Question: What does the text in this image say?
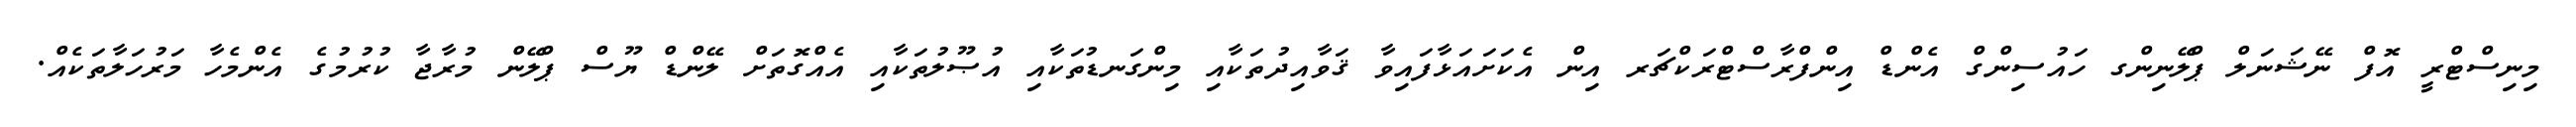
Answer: މިނިސްޓްރީ އޮފް ނޭޝަނަލް ޕްލޭނިންގ ހައުސިންގް އެންޑް އިންފްރާސްޓްރަކްޗަރ އިން އެކަށައަޅާފައިވާ ޤަވާއިދުތަކާއި މިންގަނޑުތަކާއި އުޞޫލުތަކާއި އެއްގޮތަށް ލޭންޑް ޔޫސް ޕްލޭން މުރާޖާ ކުރުމުގެ އެންމެހާ މަރުހަލާތަކެއް.